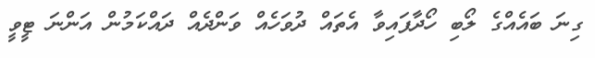
ގިނަ ބައެއްގެ ލޯބި ހޯދާފައިވާ އެތައް ދުވަހެއް ވަންދެއް ދައްކަމުން އަންނަ ޓީވީ